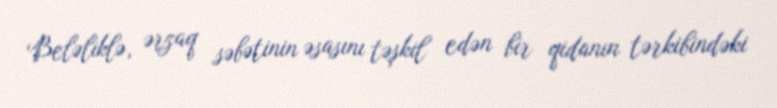
Beləliklə, ərzaq səbətinin əsasını təşkil edən bir qidanın tərkibindəki